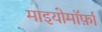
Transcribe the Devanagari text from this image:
माइयोमॉर्फ़ा